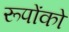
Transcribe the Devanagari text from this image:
रूपोंको